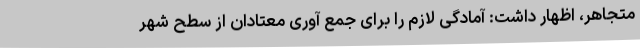
متجاهر، اظهار داشت: آمادگی لازم را برای جمع آوری معتادان از سطح شهر